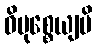
ဝိမုစ္စေယျပိ